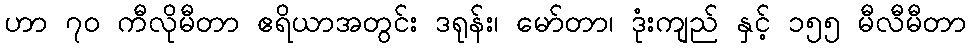
ဟာ ၇၀ ကီလိုမီတာ ဧရိယာအတွင်း ဒရုန်း၊ မော်တာ၊ ဒုံးကျည် နှင့် ၁၅၅ မီလီမီတာ